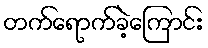
တက်ရောက်ခဲ့ကြောင်း